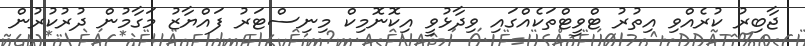
ޖާބިރު ކުރެއްވި އިތުރު ޓްވީޓްތަކެއްގައި ވިދާޅުވީ އިކޮނޮމިކް މިނިސްޓަރު ފައްޔާޒު މަގާމުން ދުރުކުރުން